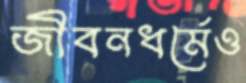
জীবনধর্মেও